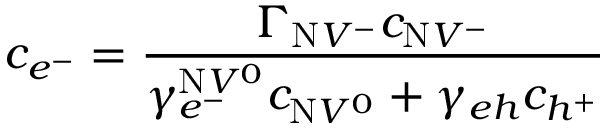
c _ { e ^ { - } } = \frac { \Gamma _ { \mathrm { N } V ^ { - } } c _ { \mathrm { N } V ^ { - } } } { \gamma _ { e ^ { - } } ^ { \mathrm { N } V ^ { 0 } } c _ { \mathrm { N } V ^ { 0 } } + \gamma _ { e h } c _ { h ^ { + } } }